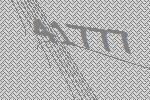
41777